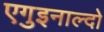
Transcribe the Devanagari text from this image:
एगुइनाल्दो